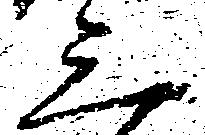
三